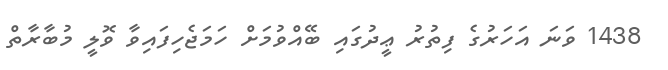
1438 ވަނަ އަހަރުގެ ފިތުރު ޢީދުގައި ބޭއްވުމަށް ހަމަޖެހިފައިވާ ވޮލީ މުބާރާތް